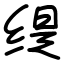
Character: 缇